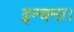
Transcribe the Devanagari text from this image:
इन्चना।